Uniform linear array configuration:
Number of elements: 16
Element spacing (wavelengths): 1
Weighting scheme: exponential
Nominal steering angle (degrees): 0
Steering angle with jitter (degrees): -0.2066
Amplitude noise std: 0.05
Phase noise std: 0.05

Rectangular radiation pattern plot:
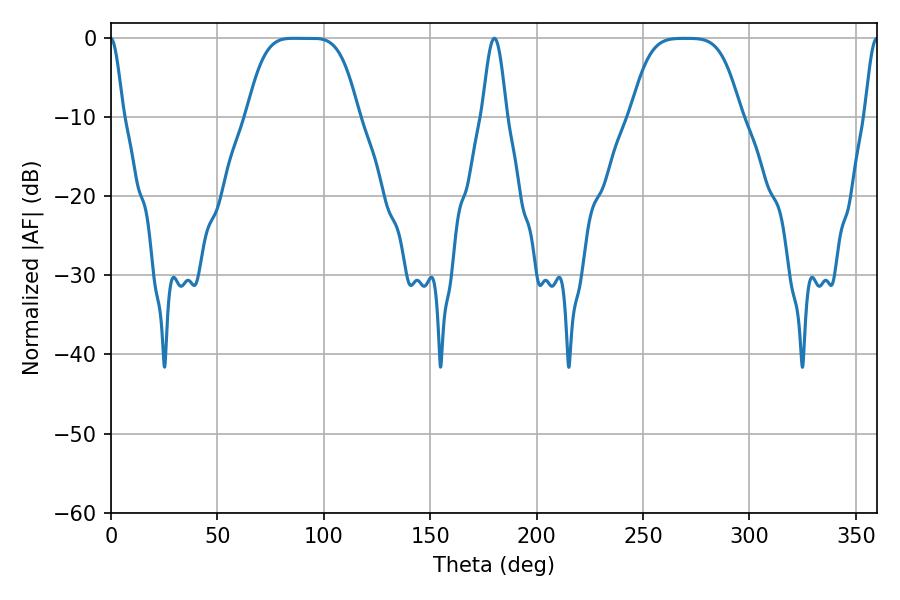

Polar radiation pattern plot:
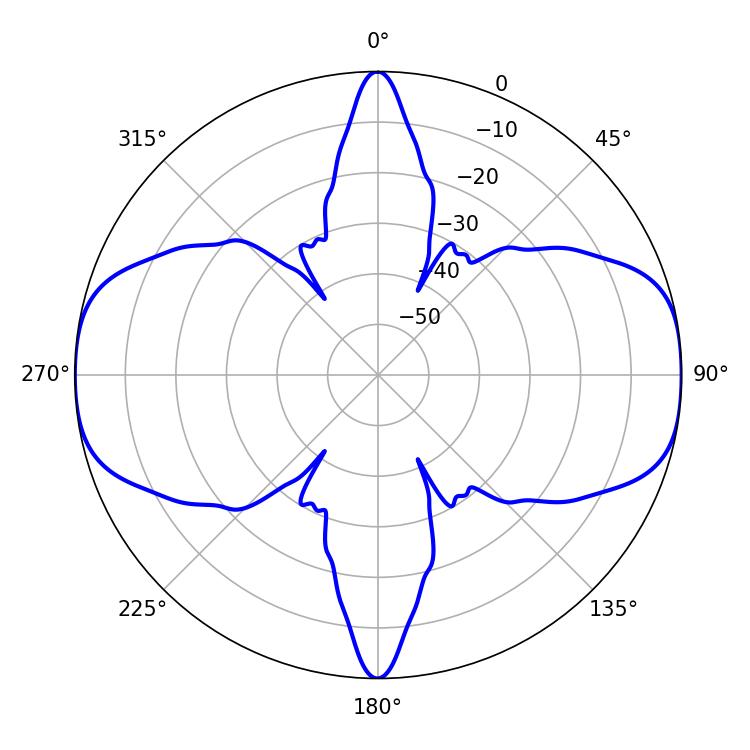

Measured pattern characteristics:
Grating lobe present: TRUE
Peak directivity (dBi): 19.068
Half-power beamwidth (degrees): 38.52
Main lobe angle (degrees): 85.86